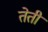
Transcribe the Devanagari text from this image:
तेती